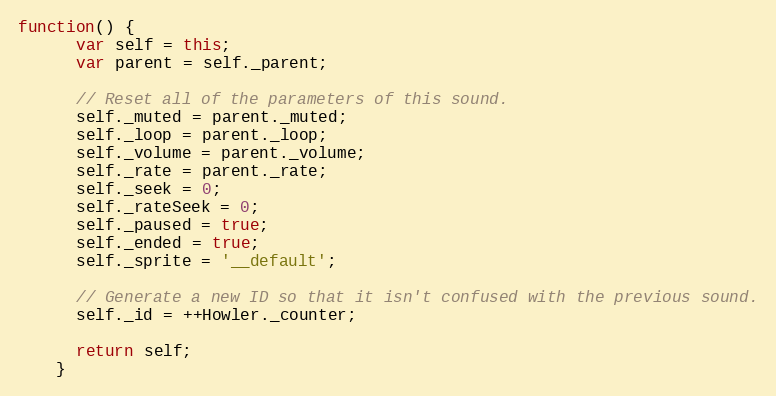
Language: JavaScript
function() {
      var self = this;
      var parent = self._parent;

      // Reset all of the parameters of this sound.
      self._muted = parent._muted;
      self._loop = parent._loop;
      self._volume = parent._volume;
      self._rate = parent._rate;
      self._seek = 0;
      self._rateSeek = 0;
      self._paused = true;
      self._ended = true;
      self._sprite = '__default';

      // Generate a new ID so that it isn't confused with the previous sound.
      self._id = ++Howler._counter;

      return self;
    }